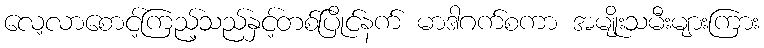
လေ့လာစောင့်ကြည့်သည်နှင့်တစ်ပြိုင်နက် မာဒါဂက်စကာ အမျိုးသမီးများကြား